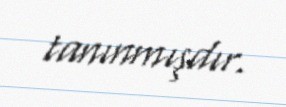
tanınmışdır.